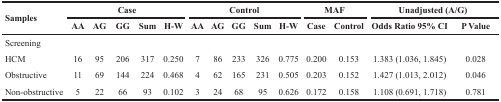
| <ROWSPAN=2> Samples | <COLSPAN=5> Case | <COLSPAN=5> Control | <COLSPAN=2> MAF | <COLSPAN=2> Unadjusted (A/G) |
 | AA | AG | GG | Sum | H-W | AA | AG | GG | Sum | H-W | Case | Control | Odds Ratio 95% CI | P Value |
 | --- | --- | --- | --- | --- | --- | --- | --- | --- | --- | --- | --- | --- | --- | --- |
 | Screening |  |  |  |  |  |  |  |  |  |  |  |  |  |  |
 | HCM | 16 | 95 | 206 | 317 | 0.250 | 7 | 86 | 233 | 326 | 0.775 | 0.200 | 0.153 | 1.383 (1.036, 1.845) | 0.028 |
 | Obstructive | 11 | 69 | 144 | 224 | 0.468 | 4 | 62 | 165 | 231 | 0.505 | 0.203 | 0.152 | 1.427 (1.013, 2.012) | 0.046 |
 | Non-obstructive | 5 | 22 | 66 | 93 | 0.102 | 3 | 24 | 68 | 95 | 0.626 | 0.172 | 0.158 | 1.108 (0.691, 1.718) | 0.781 |